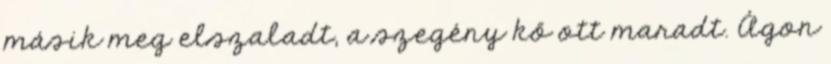
másik meg elszaladt, a szegény kő ott maradt. Ágon